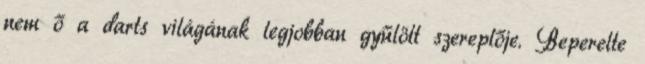
nem ő a darts világának legjobban gyűlölt szereplője. Beperelte